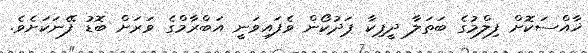
ޚާއްސަކޮށް ފިލްމުގެ ބަތަލާ ދީޕިކާ ޕަދުކޯން ވެފައިވަނީ އަބްރާމްގެ ވަރަށް ބޮޑު ފޭނަކަށެވެ.